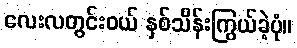
လေးလတွင်းဝယ် နှစ်သိန်းကြွယ်ခဲ့ပုံ။